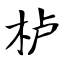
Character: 栌